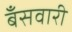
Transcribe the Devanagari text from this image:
बँसवारी